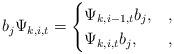
LaTeX: \begin{align*} b_j \Psi_{k,i,t} = \begin{cases} \Psi_{k,i-1,t} b_j ,& ,\\ \Psi_{k,i,t} b_j , & ,\\ \end{cases} \end{align*}